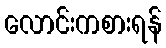
လောင်းကစားရန်